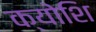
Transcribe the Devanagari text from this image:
क्योशि